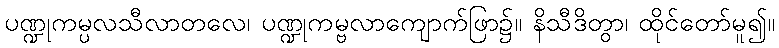
ပဏ္ဍုကမ္ပလသီလာတလေ၊ ပဏ္ဍုကမ္ဗလာကျောက်ဖြာ၌။ နိသီဒိတွာ၊ ထိုင်တော်မူ၍။